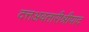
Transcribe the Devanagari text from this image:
दत्तअवतारीश्रीपाद